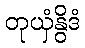
တုယှံနွိဒံ